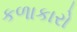
કળાકારો